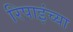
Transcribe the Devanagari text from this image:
रिपाइंच्या